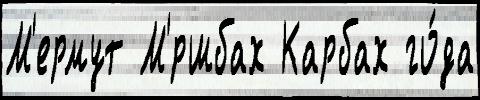
М'ермут М'́ршбах Карбах го́да